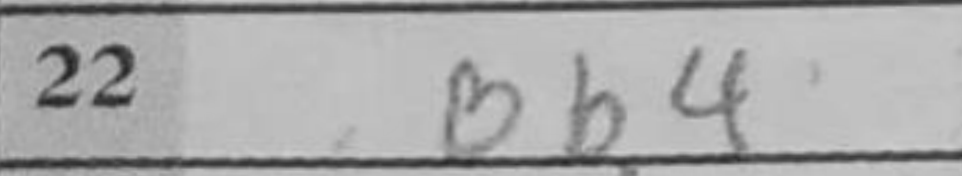
Transcription: Bb4